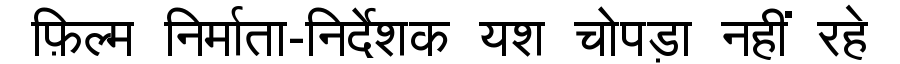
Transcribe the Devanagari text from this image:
फ़िल्म निर्माता-निर्देशक यश चोपड़ा नहीं रहे